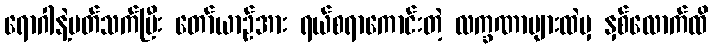
ရောဂါနဲ့ပတ်သက်ပြီး တော်ယာဉ်အား ရယ်စရာကောင်းတဲ့ လက္ခဏာများထဲမှ နှစ်လောက်ထိ